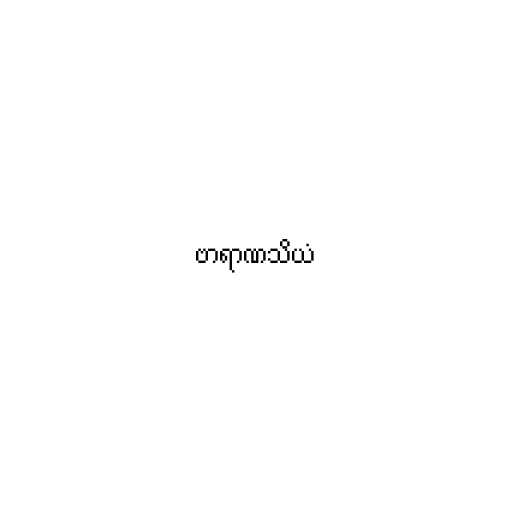
ဗာရာဏသိယံ